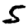
Digit: 5